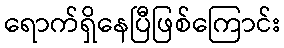
ရောက်ရှိနေပြီဖြစ်ကြောင်း